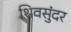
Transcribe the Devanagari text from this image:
शिवसुंदर